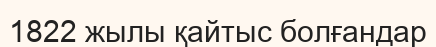
1822 жылы қайтыс болғандар